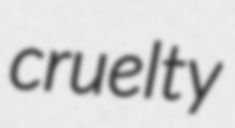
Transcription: cruelty